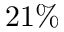
2 1 \%